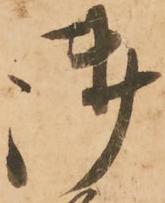
御